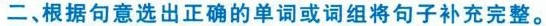
二、根据句意选出正确的单词或词组将句子补充完整。